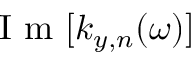
\mathrm { ~ I ~ m ~ } [ k _ { y , n } ( \omega ) ]